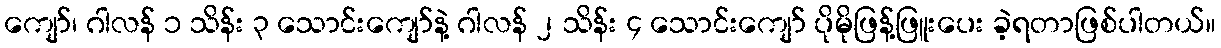
ကျော်၊ ဂါလန် ၁ သိန်း ၃ သောင်းကျော်နဲ့ ဂါလန် ၂ သိန်း ၄ သောင်းကျော် ပိုမိုဖြန့်ဖြူးပေး ခဲ့ရတာဖြစ်ပါတယ်။